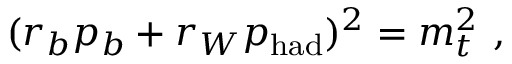
( r _ { b } p _ { b } + r _ { W } p _ { \mathrm { h a d } } ) ^ { 2 } = m _ { t } ^ { 2 } \ ,